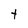
Character: t